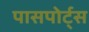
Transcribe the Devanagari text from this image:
पासपोर्ट्स